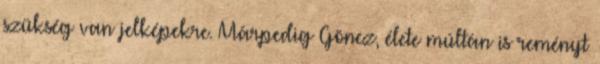
szükség van jelképekre. Márpedig Göncz, élete múltán is reményt